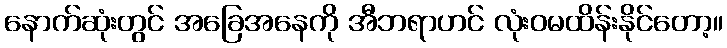
နောက်ဆုံးတွင် အခြေအနေကို အီဘရာဟင် လုံးဝမထိန်းနိုင်တော့။